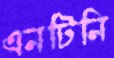
এনটিনি